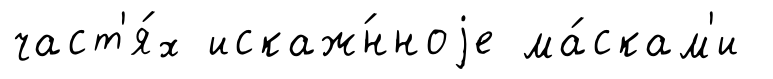
част'я́х искаж́нноjе ма́скам'и